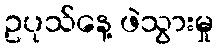
ဥပုသ်နေ့ ဖဲသွားမှု